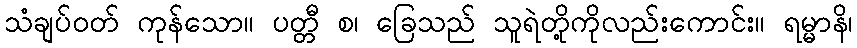
သံချပ်ဝတ် ကုန်သော။ ပတ္တီ စ၊ ခြေသည် သူရဲတို့ကိုလည်းကောင်း။ ရမ္မာနိ၊